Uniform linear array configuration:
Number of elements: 16
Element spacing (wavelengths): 0.25
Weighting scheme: exponential
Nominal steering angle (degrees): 0
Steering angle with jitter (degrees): -1.531
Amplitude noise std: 0.05
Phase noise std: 0.05

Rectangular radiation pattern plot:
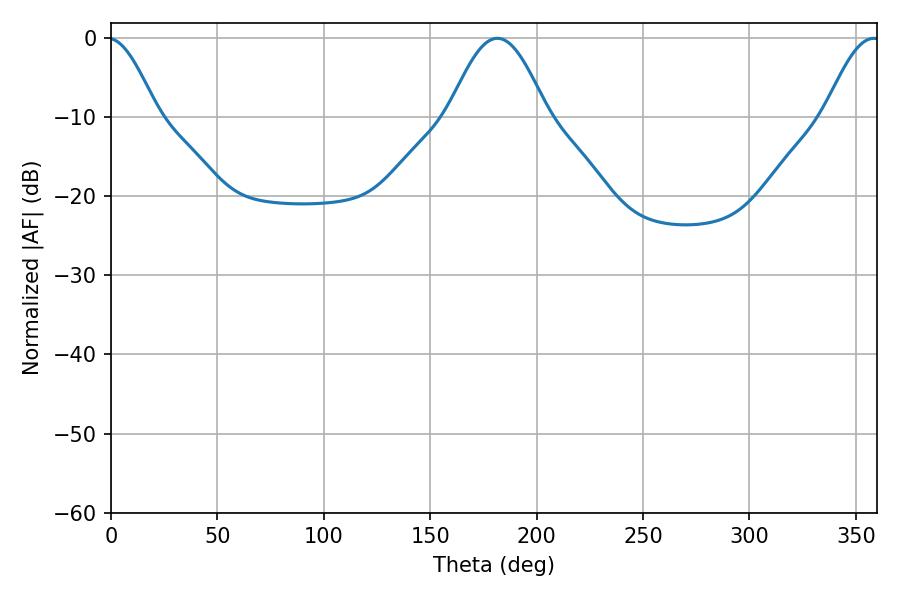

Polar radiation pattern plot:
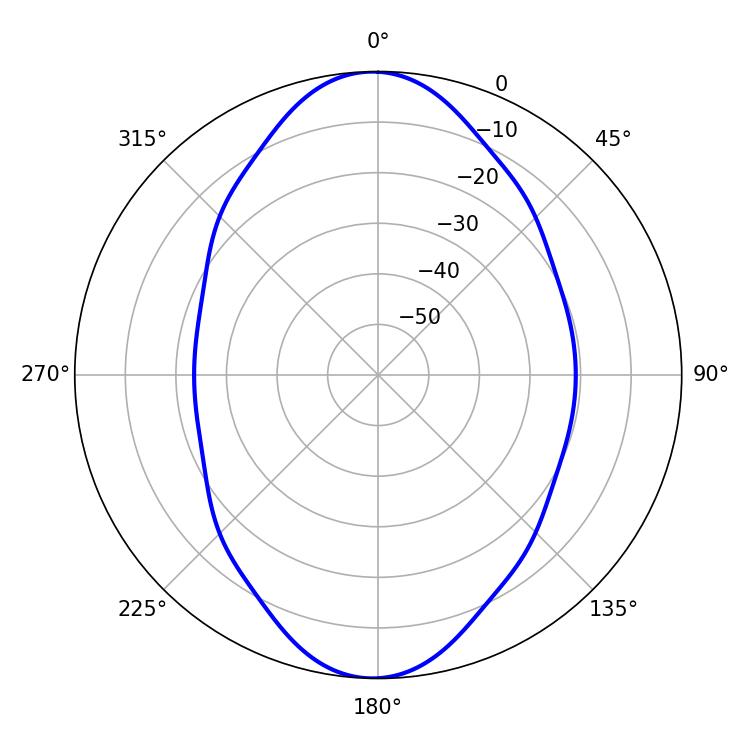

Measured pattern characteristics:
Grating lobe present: FALSE
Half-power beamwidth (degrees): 24.84
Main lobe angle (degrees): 181.62